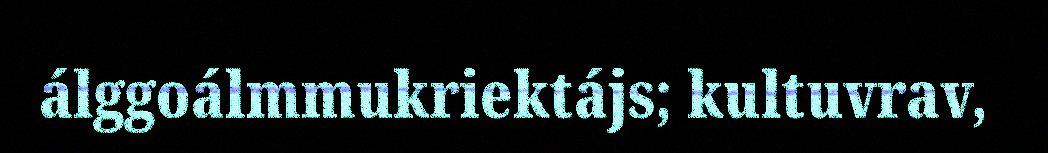
álggoálmmukriektájs; kultuvrav,